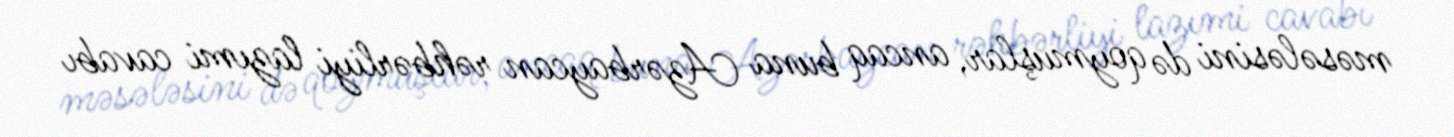
məsələsini də qoymuşlar, ancaq buna Azərbaycan rəhbərliyi lazımi cavabı